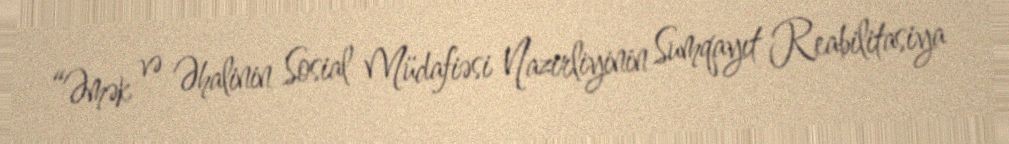
“Əmək və Əhalinin Sosial Müdafiəsi Nazirliyinin Sumqayıt Reabilitasiya